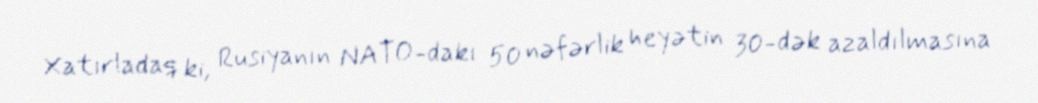
Xatırladaq ki, Rusiyanın NATO-dakı 50 nəfərlik heyətin 30-dək azaldılmasına